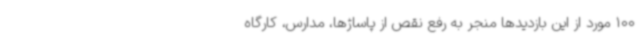
100 مورد از این بازدیدها منجر به رفع نقص از پاساژها، مدارس، کارگاه